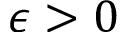
\epsilon > 0